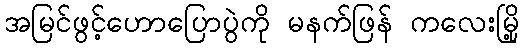
အမြင်ဖွင့်ဟောပြောပွဲကို မနက်ဖြန် ကလေးမြို့